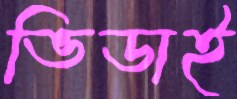
ভিডাই